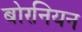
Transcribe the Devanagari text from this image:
बोरनियन